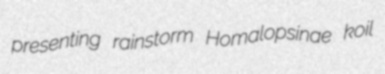
presenting rainstorm Homalopsinae koil